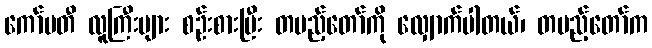
ကော်မတီ လူကြီးများ စဉ်းစားပြီး တပည့်တော်ကို လျှောက်ပါတယ်၊ တပည့်တော်က